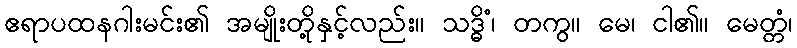
ဧရာပထနဂါးမင်း၏ အမျိုးတို့နှင့်လည်း။ သဒ္ဓိံ၊ တကွ။ မေ၊ ငါ၏။ မေတ္တံ၊